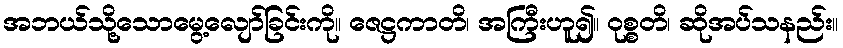
အဘယ်သို့သောမွေ့လျော်ခြင်းကို။ ဇေဋ္ဌကာတိ၊ အကြီးဟူ၍။ ဝုစ္စတိ၊ ဆိုအပ်သနည်း။